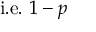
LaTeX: { \mathrm { i . e . ~ } } 1 - p